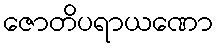
ဇောတိပရာယဏော